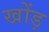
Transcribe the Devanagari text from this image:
खोंड़